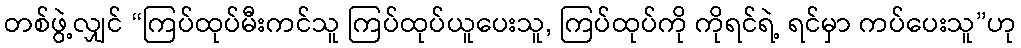
တစ်ဖွဲ့လျှင် “ကြပ်ထုပ်မီးကင်သူ ကြပ်ထုပ်ယူပေးသူ, ကြပ်ထုပ်ကို ကိုရင်ရဲ့ ရင်မှာ ကပ်ပေးသူ”ဟု